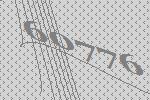
60776